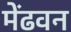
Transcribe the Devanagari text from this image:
मेंढवन